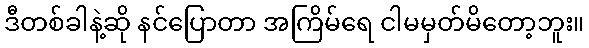
ဒီတစ်ခါနဲ့ဆို နင်ပြောတာ အကြိမ်ရေ ငါမမှတ်မိတော့ဘူး။